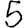
Digit: 5